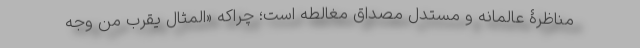
مناظرۀ عالمانه و مستدل مصداق مغالطه است؛ چراکه «المثال یُقرّب من وجه